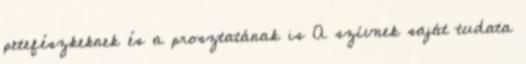
petefészkeknek és a prosztatának is A szívnek saját tudata